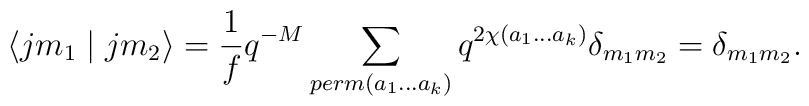
\langle jm_{1} \mid jm_{2}\rangle = \frac {1}{f} q^{-M} \sum_{perm(a_{1}...a_{k})} q^{2\chi(a_{1}...a_{k})} \delta_{m_{1}m_{2}}=\delta_{m_{1}m_{2}}.